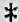
*